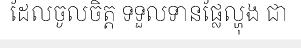
ដែលចូលចិត្ត ទទួលទានផ្លែល្ហុង ជា